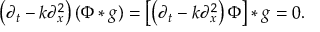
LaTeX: \left( \partial _ { t } - k \partial _ { x } ^ { 2 } \right) ( \Phi * g ) = \left[ \left( \partial _ { t } - k \partial _ { x } ^ { 2 } \right) \Phi \right] * g = 0 .